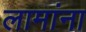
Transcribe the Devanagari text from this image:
लामांना